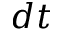
d t